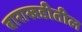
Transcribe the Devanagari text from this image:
बाराखडीतील